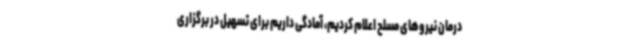
درمان نیروهای مسلح اعلام کردیم، آمادگی داریم برای تسهیل در برگزاری